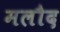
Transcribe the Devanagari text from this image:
मलौद